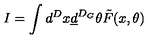
I = \int d ^ { D } x \underline { { d } } ^ { D _ { G } } \theta \tilde { F } ( x , \theta )